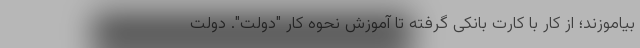
بیاموزند؛ از کار با کارت بانکی گرفته تا آموزش نحوه کار "دولت". دولت